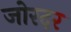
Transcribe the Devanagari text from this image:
जोरदर